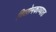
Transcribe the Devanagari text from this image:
विलोमकाव्यात